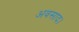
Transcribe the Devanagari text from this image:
अवसाद।